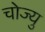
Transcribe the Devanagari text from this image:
चोज्यु